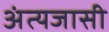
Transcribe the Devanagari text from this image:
अंत्यजासी